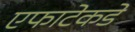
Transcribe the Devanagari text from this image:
एफाटेकडे